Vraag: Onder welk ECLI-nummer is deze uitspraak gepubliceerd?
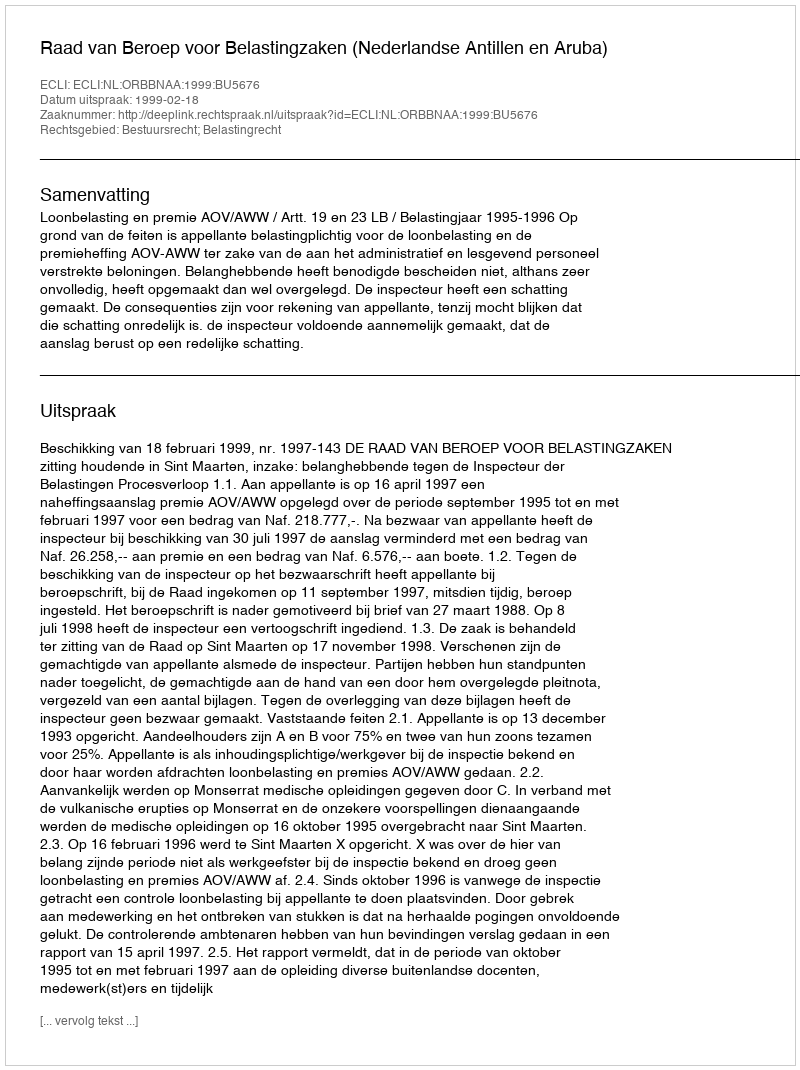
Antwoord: ECLI:NL:ORBBNAA:1999:BU5676